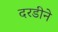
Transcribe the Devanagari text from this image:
दरडीने